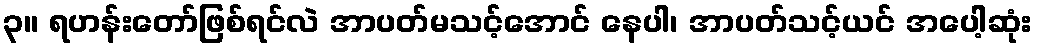
၃။ ရဟန်းတော်ဖြစ်ရင်လဲ အာပတ်မသင့်အောင် နေပါ၊ အာပတ်သင့်ယင် အပေါ့ဆုံး